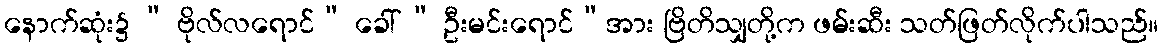
နောက်ဆုံး၌ “ ဗိုလ်လရောင်” ခေါ် “ ဦးမင်းရောင်”အား ဗြိတိသျှတို့က ဖမ်းဆီး သတ်ဖြတ်လိုက်ပါသည်။